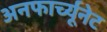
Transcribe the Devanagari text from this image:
अनफार्च्यूनेट